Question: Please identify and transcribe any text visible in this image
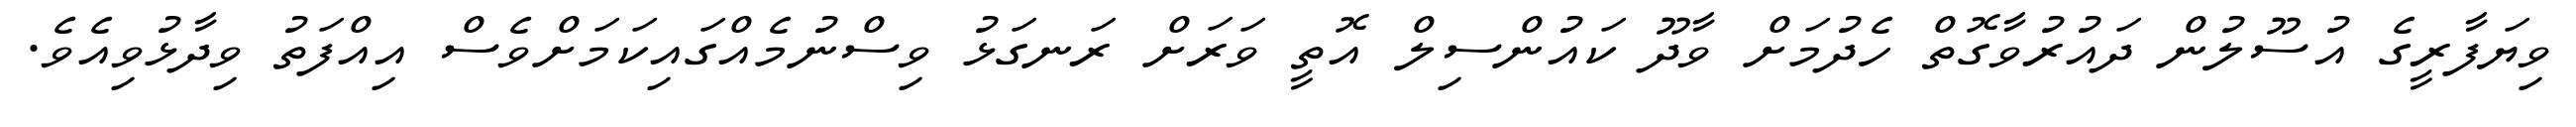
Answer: ވިޔަފާރީގެ އުސޫލުން ދައުރުވާގޮތް ހެދުމަށް ވާދޫ ކައުންސިލް އޮތީ ވަރަށް ރަނގަޅު ވިސްނުމެއްގައިކަމަށްވެސް އިއްފަތު ވިދާޅުވިއެވެ.